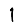
Digit: 1